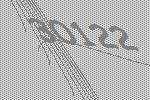
30122